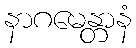
နာဂမေန္တာနံ